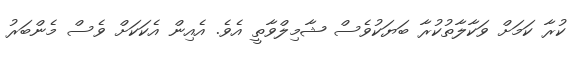
ކުރާ ކަމަށް ވަކާލާތުކުރާ ބަޔަކުވެސް ޝާމިލްވާތީ އެވެ. އެއިން އެކަކަށް ވެސް މެންބަރު